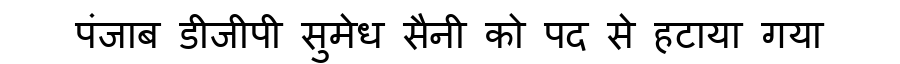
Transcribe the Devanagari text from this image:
पंजाब डीजीपी सुमेध सैनी को पद से हटाया गया